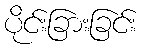
ပိုင်းခြားခြင်း